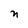
Character: n